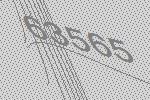
63565